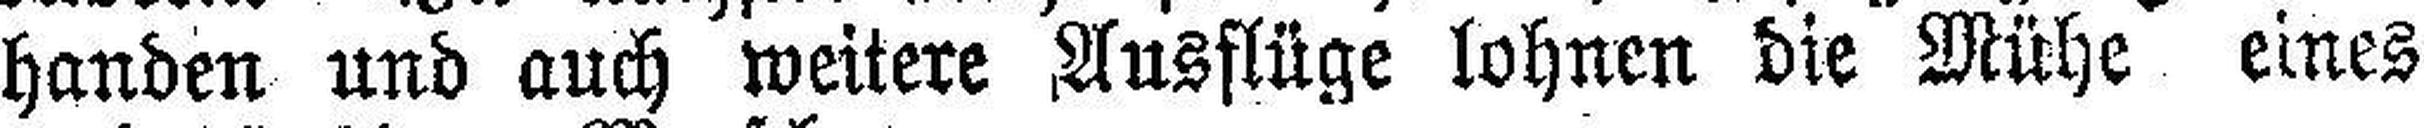
handen und auch weitere Ausflüge lohnen die Mühe eines